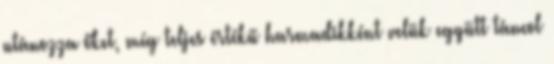
utánozza őket, míg teljes értékű harmadikként velük együtt táncol